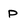
Character: P